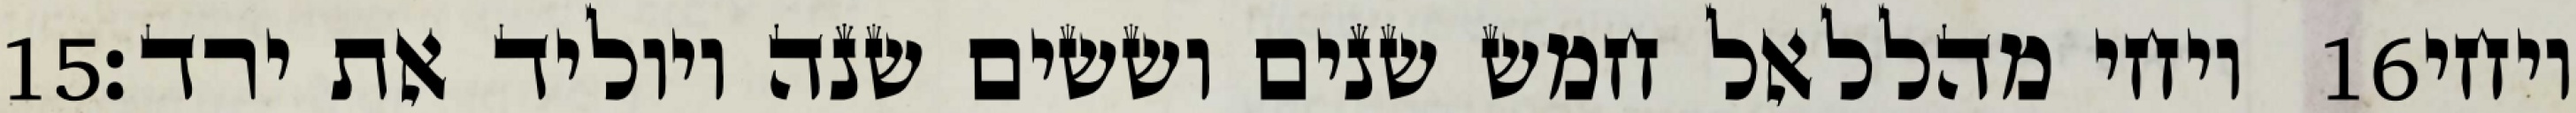
‎15‏ ויחי מהללאל חמש שנים וששים שנה ויוליד את ירד׃ ‎16‏ ויחי